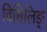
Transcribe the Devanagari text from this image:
विधिलिङ्